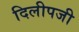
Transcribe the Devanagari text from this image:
दिलीपजी